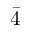
\bar { 4 }